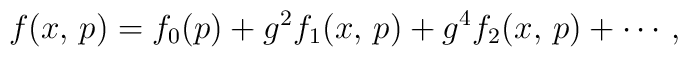
f(x,\,p) = f_0(p) + g^2f_1(x,\,p) + g^4f_2(x,\,p) + \cdots \,,